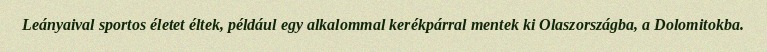
Leányaival sportos életet éltek, például egy alkalommal kerékpárral mentek ki Olaszországba, a Dolomitokba.